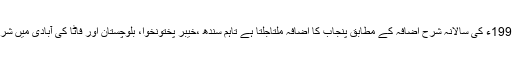
پانچویں مردم شماری 1998ء کی سالانہ شرح اضافہ کے مطابق پنجاب کا اضافہ ملتاجلتا ہے تاہم سندھ ،خیبر پختونخوا، بلوچستان اور فاٹا کی آبادی میں شرح اضافہ بہت زیادہ ہے۔